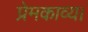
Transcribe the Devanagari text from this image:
प्रेमकाव्य।